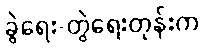
ခွဲရေး-တွဲရေးတုန်းက